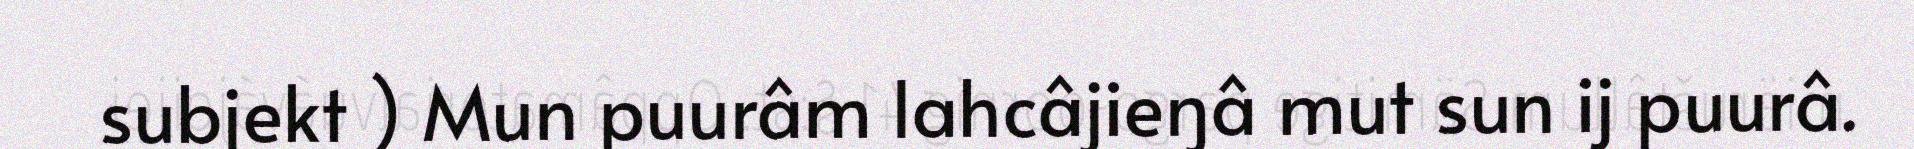
subjekt ) Mun puurâm lahcâjieŋâ mut sun ij puurâ.